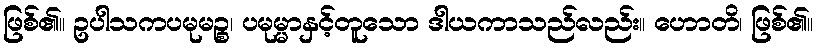
ဖြစ်၏။ ဥပါသကပမုမဉ္စ၊ ပမုမ္မာနှင့်တူသော ဒါယကာသည်လည်း။ ဟောတိ၊ ဖြစ်၏။